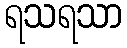
ရသရသာ